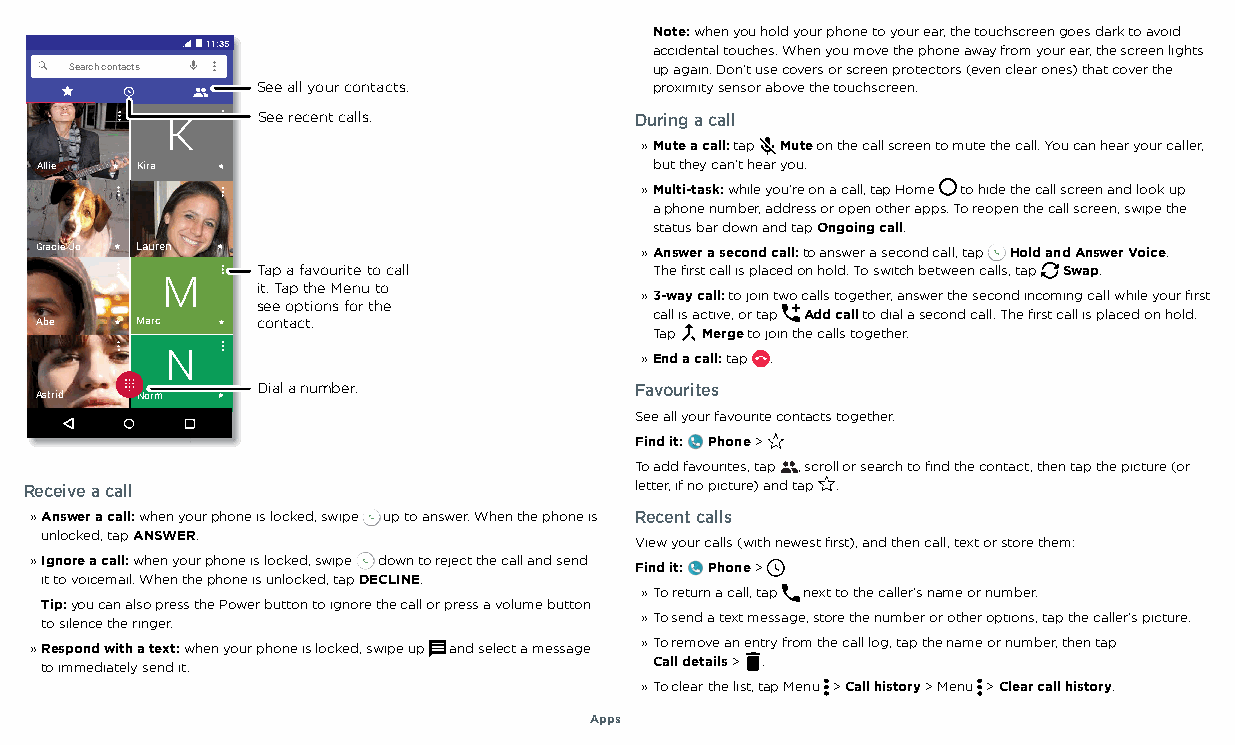
Note: when you hold your phone to your ear, the touchscreen goes dark to avoid
 11:35                        accidental touches. When you move the phone away from your ear, the screen lights
 Search contacts                       up again. Don't use covers or screen protectors (even clear ones) that cover the
 See all your contacts.    proximity sensor above the touchscreen.
 See recent calls.        During a call
 K
 » Mute a call: tap Mute on the call screen to mute the call. You can hear your caller,
 Allie  Kira                              but they can't hear you.
 » Multi-task: while you're on a call, tap Home to hide the call screen and look up
 a phone number, address or open other apps. To reopen the call screen, swipe the
 status bar down and tap Ongoing call.
 Gracie Jo Lauren                        » Answer a second call: to answer a second call, tap Hold and Answer Voice.
 Tap a favourite to call   The first call is placed on hold. To switch between calls, tap Swap.
 M     it. Tap the Menu to
 » 3-way call: to join two calls together, answer the second incoming call while your first
 see options for the
 call is active, or tap Add call to dial a second call. The first call is placed on hold.
 Abe    Marc    contact.
 Tap Merge to join the calls together.
 N                              » End a call: tap .
 Dial a number.           Favourites
 Astrid Norm
 See all your favourite contacts together.
 Find it: Phone >
 Cmaidllsd lsec breoetnto amn do fo pthteio sncsr etheant tsoh eonwt edru ar inngum a bcearl.l .D Tuor fiinngd a a cnadl lc, oalpl taio cnosn ftraocmt, elenftte tro a r ingahmt ea rien: tShpee Sakeearr,c Mh ufiteel,d D, tiaalpp athde, HCooldnt, aAcdtsd tCaabl laetr .the top right, or tap a contact's image in the middle of the screen. Tap the dialpad at the To add favourites, tap , scroll or search to find the contact, then tap the picture (or
 Receive a call                          letter, if no picture) and tap .
 » Answer a call: when your phone is locked, swipe up to answer. When the phone is Recent calls
 unlocked, tap ANSWER.
 View your calls (with newest first), and then call, text or store them:
 » Ignore a call: when your phone is locked, swipe down to reject the call and send Find it: Phone >
 it to voicemail. When the phone is unlocked, tap DECLINE.
 » To return a call, tap next to the caller's name or number.
 Tip: you can also press the Power button to ignore the call or press a volume button
 to silence the ringer.                 » To send a text message, store the number or other options, tap the caller's picture.
 » Respond with a text: when your phone is locked, swipe up and select a message » To remove an entry from the call log, tap the name or number, then tap
 to immediately send it.                 Call details > .
 » To clear the list, tap Menu > Call history > Menu > Clear call history.
 Apps